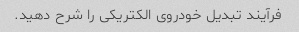
فرآیند تبدیل خودروی الکتریکی را شرح دهید.